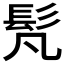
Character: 𩫼